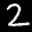
Label: 2